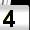
Digit: 4